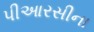
પીઆરસીના